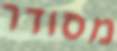
מסודר